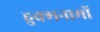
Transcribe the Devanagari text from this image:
हुक्मनामों